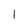
Character: 1